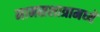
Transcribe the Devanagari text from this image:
मानसशात्रामध्ये